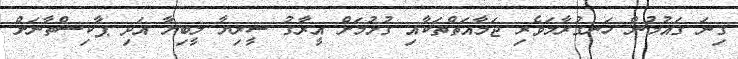
ގިނަ ގައުމުން ހަނގުރާމަވެރި ޖަމާއަތްތަކާއި ގުޅުމަށް އީރާގު ސީރިޔާ ލީބިޔާ އަދި ޕާކިސްތާނަށް